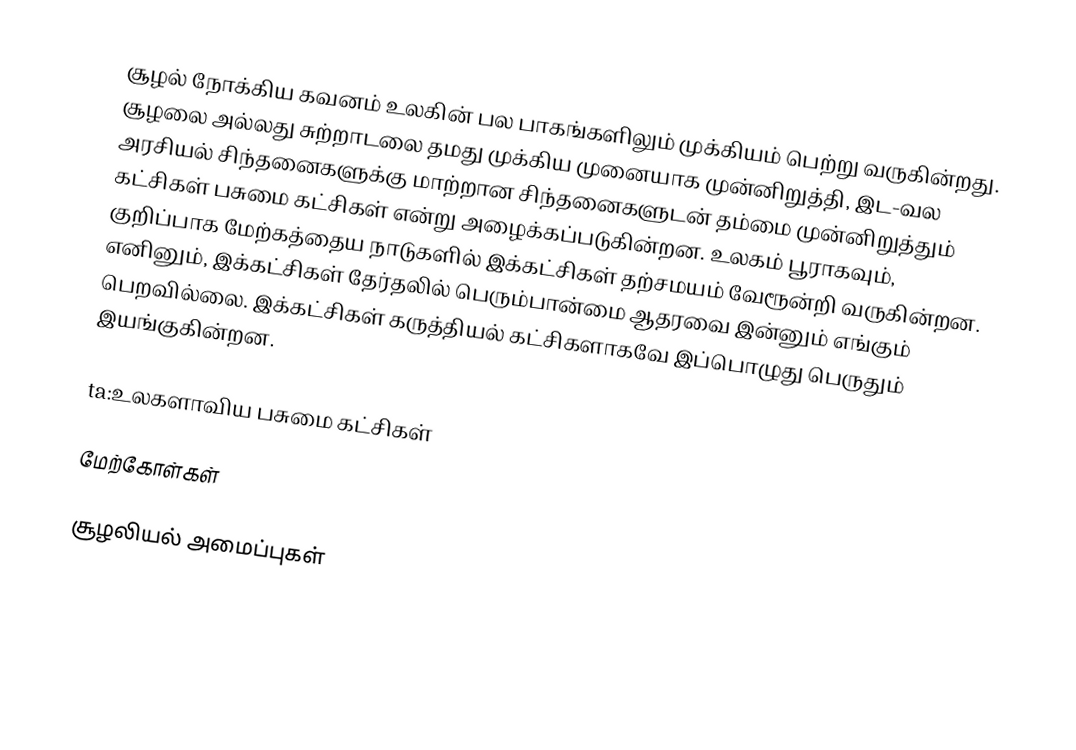
சூழல் நோக்கிய கவனம் உலகின் பல பாகங்களிலும் முக்கியம் பெற்று வருகின்றது.  சூழலை அல்லது சுற்றாடலை தமது முக்கிய முனையாக முன்னிறுத்தி, இட-வல அரசியல் சிந்தனைகளுக்கு மாற்றான சிந்தனைகளுடன் தம்மை முன்னிறுத்தும் கட்சிகள் பசுமை கட்சிகள் என்று அழைக்கப்படுகின்றன.  உலகம் பூராகவும், குறிப்பாக மேற்கத்தைய நாடுகளில் இக்கட்சிகள் தற்சமயம் வேரூன்றி வருகின்றன.  எனினும், இக்கட்சிகள் தேர்தலில் பெரும்பான்மை ஆதரவை இன்னும் எங்கும் பெறவில்லை.  இக்கட்சிகள் கருத்தியல் கட்சிகளாகவே இப்பொழுது பெருதும் இயங்குகின்றன.

ta:உலகளாவிய பசுமை கட்சிகள்

மேற்கோள்கள்

சூழலியல் அமைப்புகள்